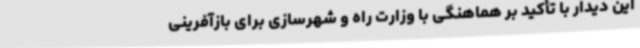
این دیدار با تأکید بر هماهنگی با وزارت راه و شهرسازی برای بازآفرینی